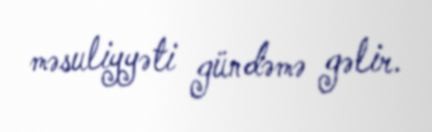
məsuliyyəti gündəmə gəlir.